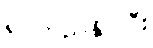
ရပ်တည်နိုင်ပြီး